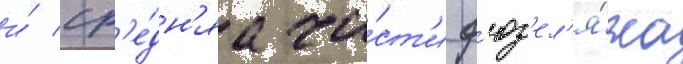
и́ ср'е́дн'яа ча́ст'и ф'юз'ел'я́жа